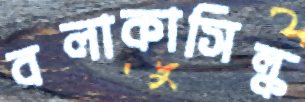
বলাকাসিল্ক